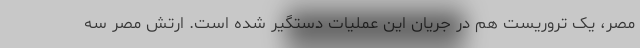
مصر، یک تروریست هم در جریان این عملیات دستگیر شده است. ارتش مصر سه